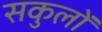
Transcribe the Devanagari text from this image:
सकुलों